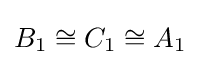
B_{1}\cong C_{1}\cong A_{1}